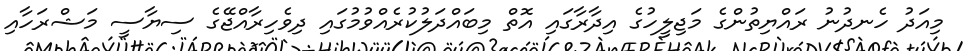
މިއަދު ހެނދުނު ރައްޔިތުންގެ މަޖިލީހުގެ އިދާރާގައި އޮތް މިބައްދަލުކުރެއްވުމުގައި ދިވެހިރާއްޖޭގެ ސިޔާސީ މަޝްރަހާއި